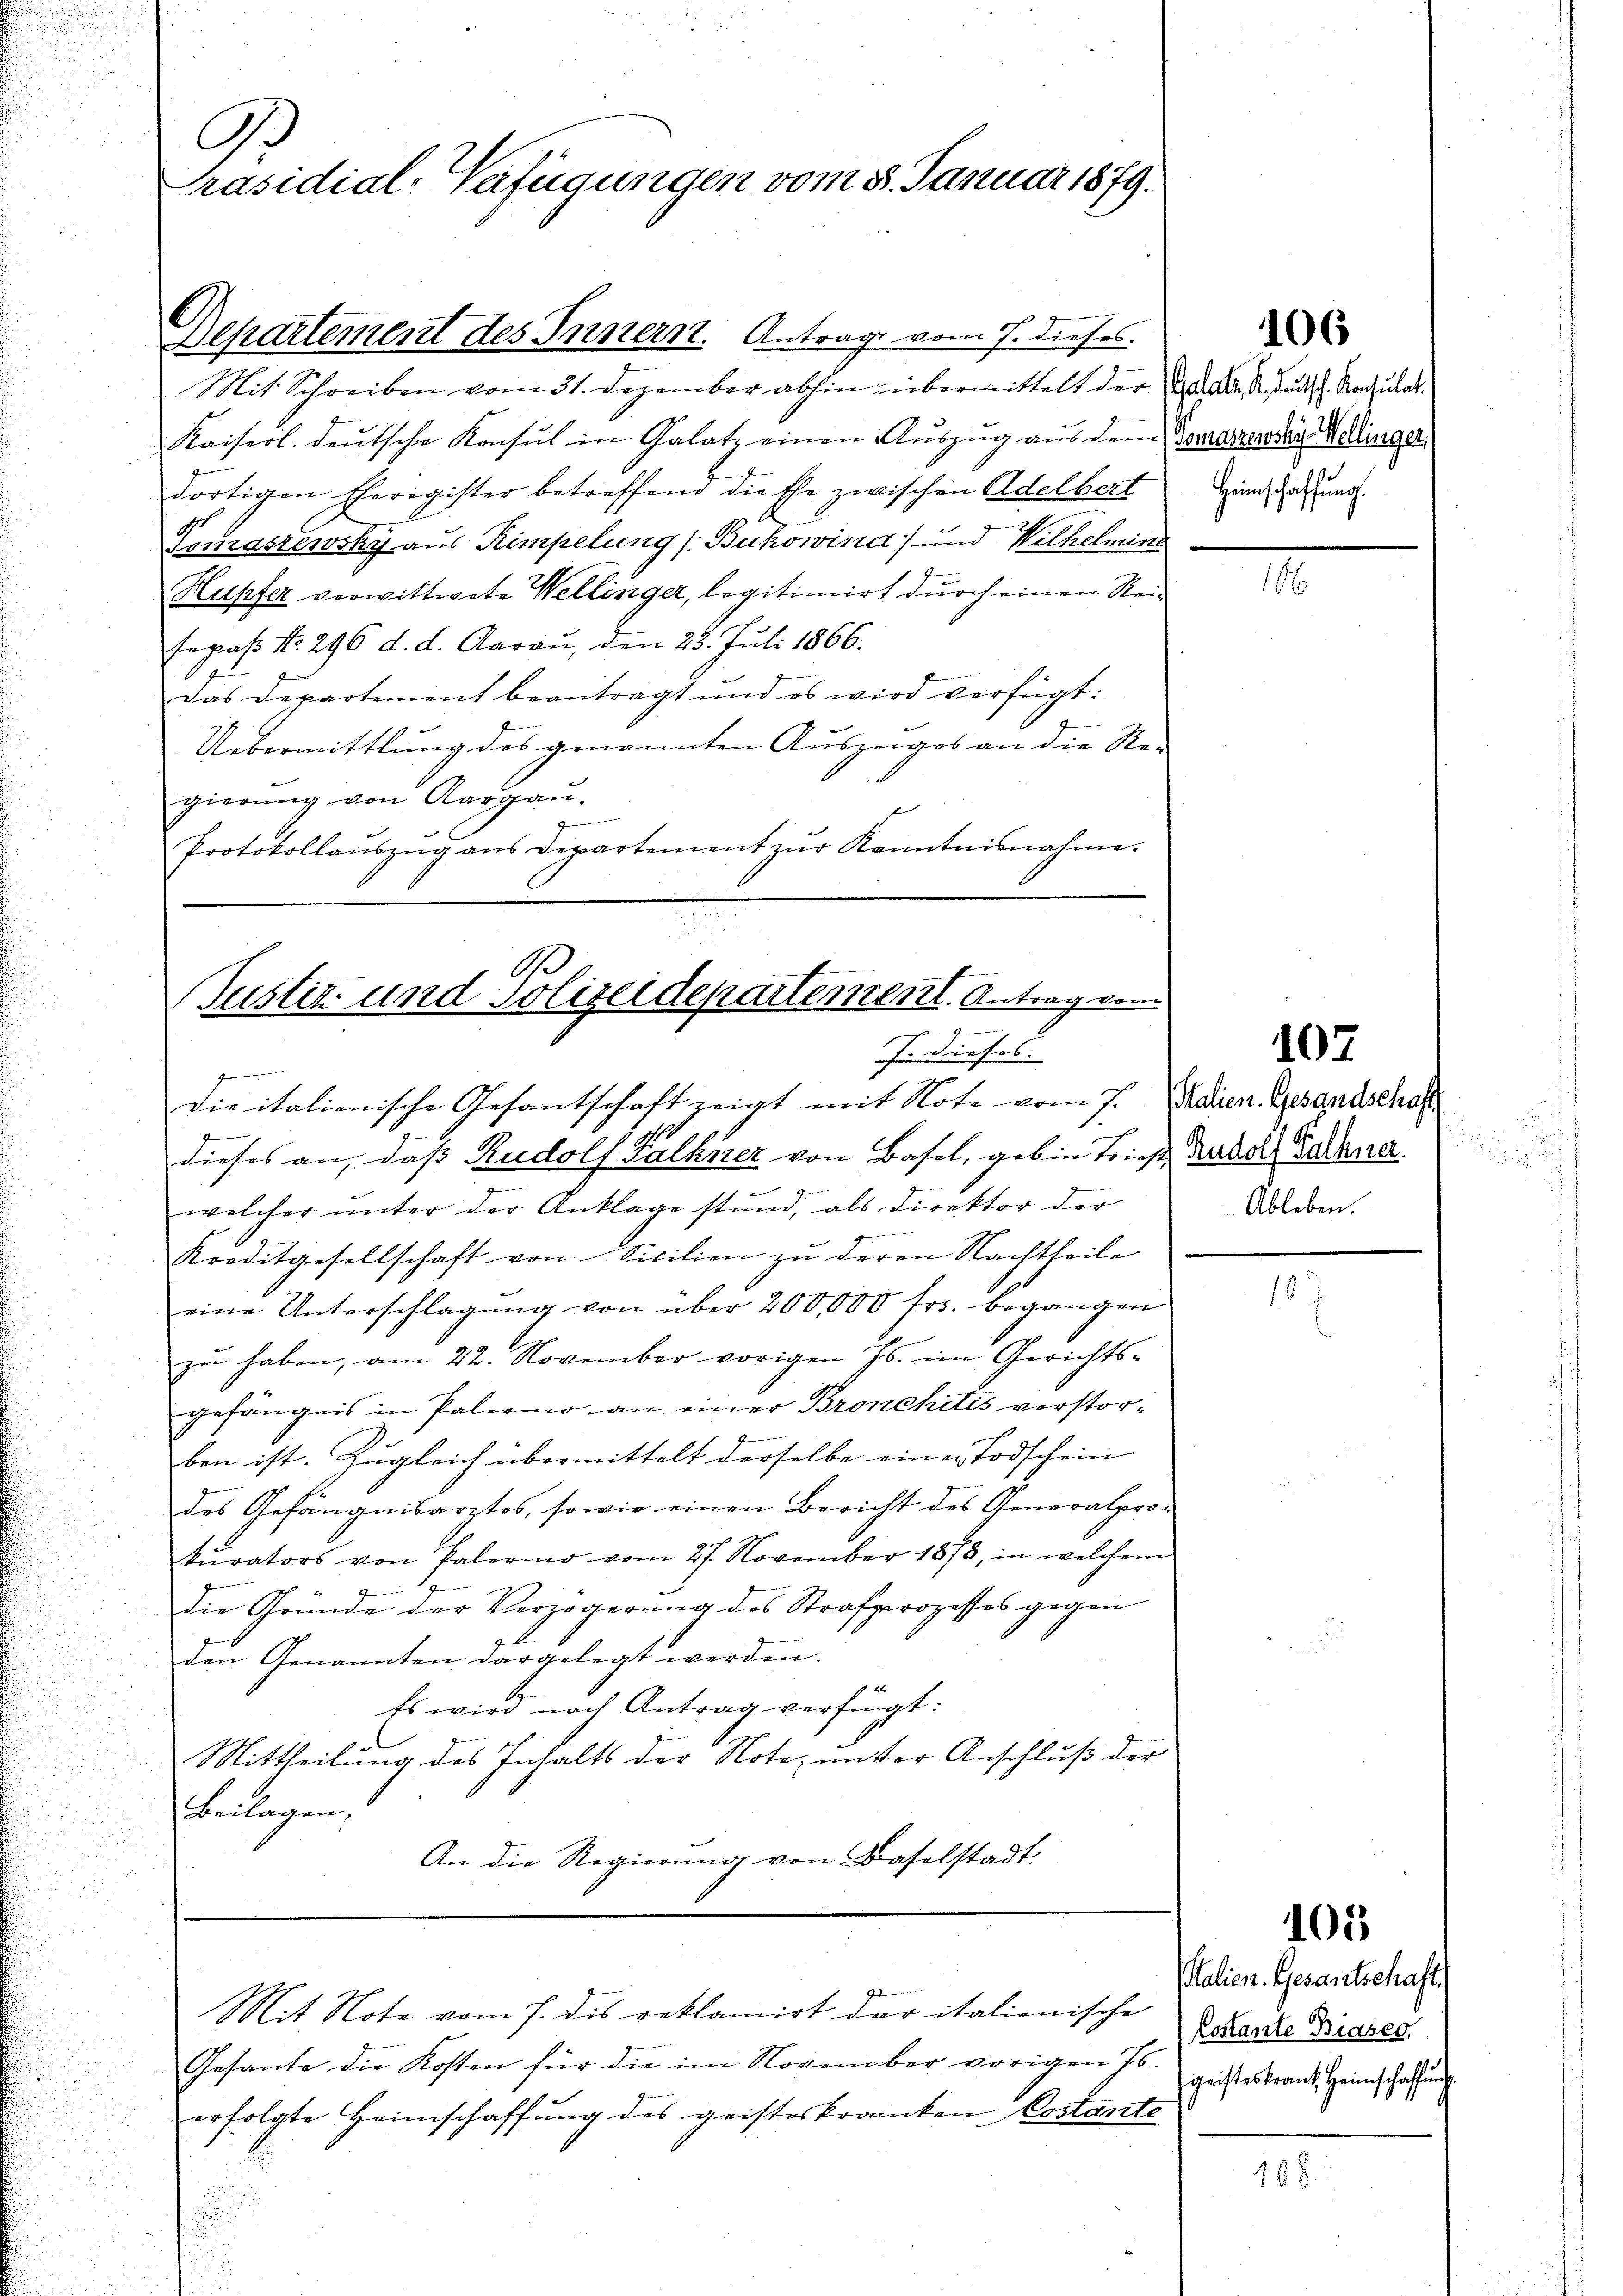
A
Präsidial-Verfügungen vom 8. Januar 1879.

Departement des Innern. Antrage vom 7. dieses.

106

Mit Schreiben vom 31. Dezember abhin übermittelt der K. K. A. Band. Konsulat
Kaiserl. deŭtsche Konsul in Galat, einen Aŭszŭg aŭs dem Vorreszenden Wellinger,
dortigen Eherigister betreffend die Ehe zwischen Adelbert
Tomaszewsky aus Rimpelung (Bukowina) und Wilhelmine
Hupfer verwittwete Wellinger, legitimirt durch einen Reisepaß No. 296 d. d. Aarau, den 25. Juli 1866.
Das Departement beantragt und es wird verfügt:
Uebermittlung des genannten Auszeiges an die Re-
gierung von Aargau.
e
Gemein
Protokollaŭszŭg aŭs departement zŭr Kenntnisnahme.

Heinschaffung.

Justiz- und Polizeidepartement. Antrag vom
J. dieses.

107

.

ge
die italienische Gesantschaft zeigt mit Note vom 7. Maien Gesandschaf
19
dieses an, daß Rudolf Falhier von Basel, geb in Tries, Rudolf Falkner
welcher unter der Anklage stund, als Direktor der
Kreditgesellschaft von Sicilien zŭ deren Nachtheile
eine Unterschlagung von über 200,000 frs. begangen
zu haben, am 22. November vorigen Js. im Gerichts-
gefängnis in Palermo an einer Bronchitis verstorben ist. Zugleich übermittelt derselbe einer Todschein
des Gefängnisarztes, sowie einen Bericht des Generalpro-
kurators von Palermo vom 27. November 1873, in welchem
Die Gründe der Verzögerŭng des Strafprozesses gegen
den Genannten dargelegt werden.
Es wird nach Antrag verfügt:
Mittheilung des Inhalts der Note, unter Anschluß der
Beilagen,
An die Regierŭng von Baselstadt

Ableben.

105

Salien. Gesantschaft
Costante Biaser
geisteskrant Heimschaffung

Gesante die Kosten für die im November vorigen Js.
erfolgte Heimschaffung des geisteskranken Costante
e

Mit Note vom 7. des reklamirt der italienische

16 x